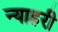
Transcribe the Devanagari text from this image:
न्याहरी